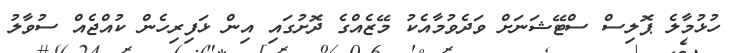
ހުޅުމާލެ ޕޮލިސް ސްޓޭޝަނަށް ވަދެވުމާއެކު މޭޒެއްގެ ދޮށުގައި އިން ޅަފިރިހެން ކުއްޖެއް ސުވާލު